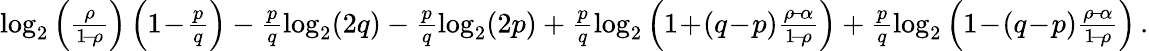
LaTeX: \begin{array}{r}{\log_{2}\left(\frac{\rho}{1\! -\! \rho}\right)\left(1\! -\! \frac{p}{q}\right)-\frac{p}{q}\log_{2}(2q)-\frac{p}{q}\log_{2}(2p)+\frac{p}{q}\log_{2}\left(1\! +\! (q\! -\! p)\frac{\rho\! -\! \alpha}{1\! -\! \rho}\right)+\frac{p}{q}\log_{2}\left(1\! -\! (q\! -\! p)\frac{\rho\! -\! \alpha}{1\! -\! \rho}\right)\, .}\end{array}